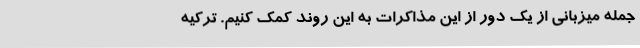
جمله میزبانی از یک دور از این مذاکرات به این روند کمک کنیم. ترکیه